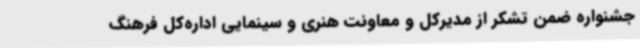
جشنواره ضمن تشکر از مدیرکل و معاونت هنری و سینمایی اداره‌کل فرهنگ